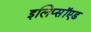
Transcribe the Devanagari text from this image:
इलिप्सॉएड